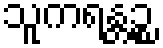
သူကရန္တဉ္စ